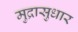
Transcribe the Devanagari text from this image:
मुद्रासुधार